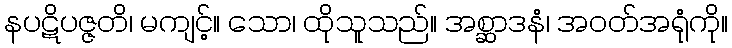
နပဋိပဇ္ဇတိ၊ မကျင့်။ သော၊ ထိုသူသည်။ အစ္ဆာဒနံ၊ အဝတ်အရုံကို။